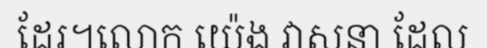
ដែរ។លោក យ៉េង វាសនា ដែល